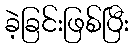
ခဲ့ခြင်းဖြစ်ပြီး